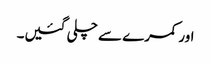
اور کمرے سے چلی گئیں۔